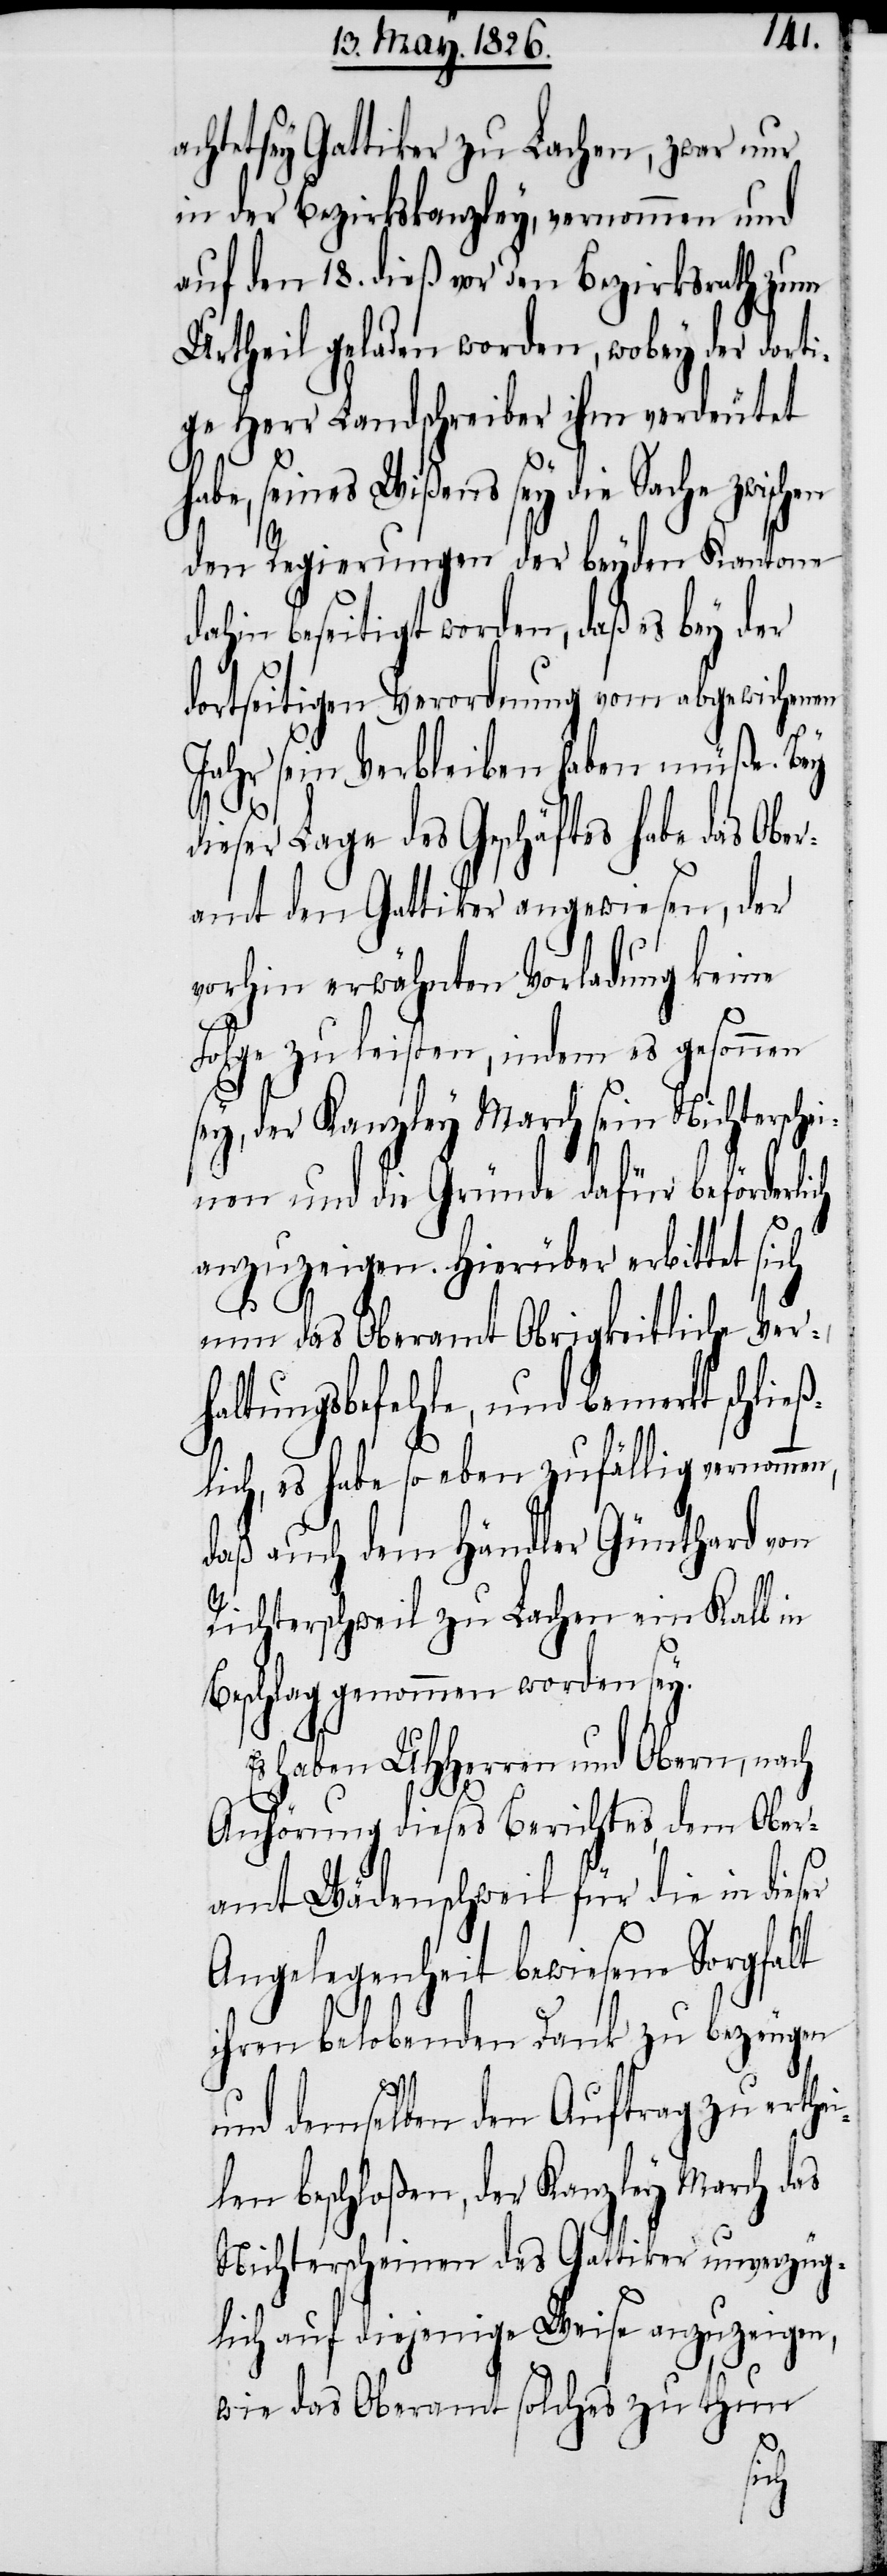
achtet sey Gattiker zu Lachen, zwar nur
in der Bezirkskanzley, vernommen und
auf den 18. dieß vor den Bezirksrath zum
Urtheil geladen worden, wobey der dorti¬
ge Herr Landschreiber ihm verdeutet
seines Wißens sey die Sache
den Regierungen der beyden Kantone
dahin beseitigt worden, daß es bey der
dortseitigen Verordnung vom abgewichenen
Jahr sein Verbleiben haben müße. Bey
dieser Lage des Geschäfts habe das Obe¬
ramt den Gattiker angewiesen, der
vorhin erwähnten Vorladung keine
Folge zu leisten, indem es gesonnen
sey, der Kanzley March sein Nichtersche¬
inen und die Gründe dafür beförderlich
anzuzeigen. Hierüber erbittet sich
nun das Oberamt Obrigkeitliche Ver¬
haltungsbefehle, und bemerkt schließ¬
lich, es habe so eben zufällig vernommen,
daß auch dem Händler Günthard von
Richterschweil zu Lachen ein Kalb in
Beschlag genommen worden sey.
haben UHHerren und Obern, nach
Anhörung dieses Berichtes, dem Ober¬
amt Wädenschweil für die in die¬
Angelegenheit bewiesene Sorgfalt
ihren belobenden Dank zu bezeugen
und demselben den Auftrag zu erthe¬
ilen beschloßen, der Kanzley March das
Nichterscheinen des Gattiker unverzüg¬
lich auf diejenige Weise anzuzeigen,
wie das Oberamt solches zu thun
ser